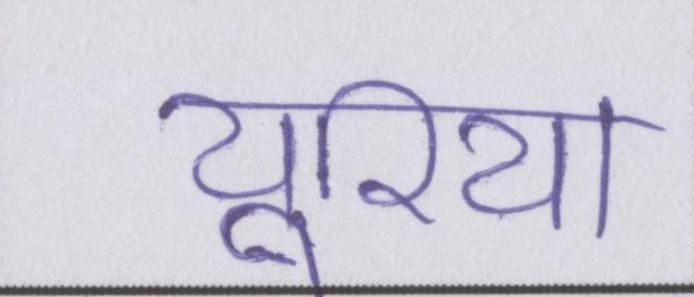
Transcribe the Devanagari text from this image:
यूरिया